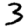
Digit: 3